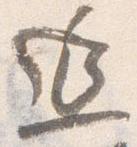
延